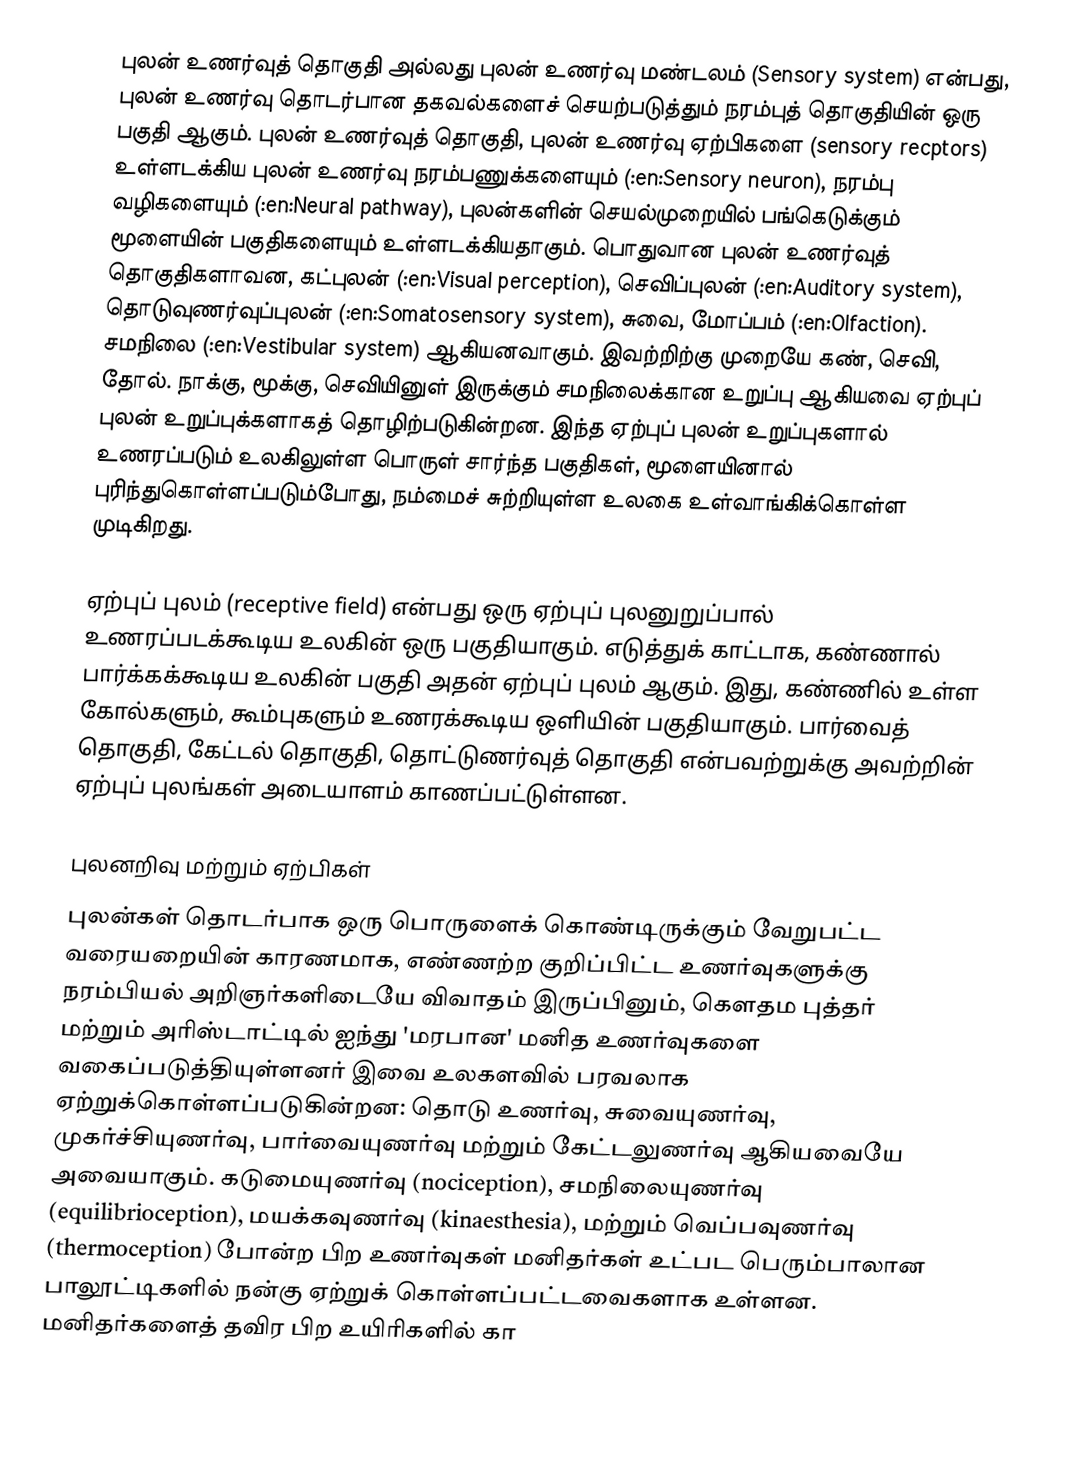
புலன் உணர்வுத் தொகுதி அல்லது புலன் உணர்வு மண்டலம் (Sensory system) என்பது, புலன் உணர்வு தொடர்பான தகவல்களைச் செயற்படுத்தும் நரம்புத் தொகுதியின் ஒரு பகுதி ஆகும். புலன் உணர்வுத் தொகுதி, புலன் உணர்வு ஏற்பிகளை (sensory recptors) உள்ளடக்கிய புலன் உணர்வு நரம்பணுக்களையும் (:en:Sensory neuron), நரம்பு வழிகளையும் (:en:Neural pathway), புலன்களின் செயல்முறையில் பங்கெடுக்கும் மூளையின் பகுதிகளையும் உள்ளடக்கியதாகும். பொதுவான புலன் உணர்வுத் தொகுதிகளாவன, கட்புலன் (:en:Visual perception), செவிப்புலன் (:en:Auditory system), தொடுவுணர்வுப்புலன் (:en:Somatosensory system), சுவை, மோப்பம் (:en:Olfaction). சமநிலை (:en:Vestibular system) ஆகியனவாகும். இவற்றிற்கு முறையே கண், செவி, தோல். நாக்கு, மூக்கு, செவியினுள் இருக்கும் சமநிலைக்கான உறுப்பு ஆகியவை ஏற்புப் புலன் உறுப்புக்களாகத் தொழிற்படுகின்றன. இந்த ஏற்புப் புலன் உறுப்புகளால் உணரப்படும் உலகிலுள்ள பொருள் சார்ந்த பகுதிகள், மூளையினால் புரிந்துகொள்ளப்படும்போது, நம்மைச் சுற்றியுள்ள உலகை உள்வாங்கிக்கொள்ள முடிகிறது.

ஏற்புப் புலம் (receptive field) என்பது ஒரு ஏற்புப் புலனுறுப்பால் உணரப்படக்கூடிய உலகின் ஒரு பகுதியாகும். எடுத்துக் காட்டாக, கண்ணால் பார்க்கக்கூடிய உலகின் பகுதி அதன் ஏற்புப் புலம் ஆகும். இது, கண்ணில் உள்ள கோல்களும், கூம்புகளும் உணரக்கூடிய ஒளியின் பகுதியாகும். பார்வைத் தொகுதி, கேட்டல் தொகுதி, தொட்டுணர்வுத் தொகுதி என்பவற்றுக்கு அவற்றின் ஏற்புப் புலங்கள் அடையாளம் காணப்பட்டுள்ளன.

புலனறிவு மற்றும் ஏற்பிகள்
புலன்கள் தொடர்பாக ஒரு பொருளைக் கொண்டிருக்கும் வேறுபட்ட வரையறையின் காரணமாக, எண்ணற்ற குறிப்பிட்ட உணர்வுகளுக்கு நரம்பியல் அறிஞர்களிடையே விவாதம் இருப்பினும், கௌதம புத்தர் மற்றும் அரிஸ்டாட்டில் ஐந்து 'மரபான' மனித உணர்வுகளை வகைப்படுத்தியுள்ளனர் இவை உலகளவில் பரவலாக ஏற்றுக்கொள்ளப்படுகின்றன: தொடு உணர்வு, சுவையுணர்வு, முகர்ச்சியுணர்வு, பார்வையுணர்வு மற்றும் கேட்டலுணர்வு ஆகியவையே அவையாகும். கடுமையுணர்வு (nociception), சமநிலையுணர்வு (equilibrioception), மயக்கவுணர்வு (kinaesthesia), மற்றும் வெப்பவுணர்வு (thermoception) போன்ற பிற உணர்வுகள் மனிதர்கள் உட்பட பெரும்பாலான பாலூட்டிகளில் நன்கு ஏற்றுக் கொள்ளப்பட்டவைகளாக உள்ளன. மனிதர்களைத் தவிர பிற உயிரிகளில் கா